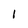
Character: l